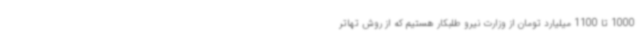
1000 تا 1100 میلیارد تومان از وزارت نیرو طلبکار هستیم که از روش تهاتر